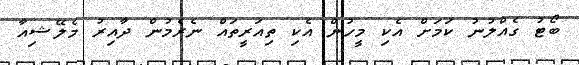
ބޯޓު ގެއްލުނު ކަމަށް އެކި މީހުން އެކި ތިއަރީތައް ނެރެމުން ދާއިރު މެލޭޝިއާ